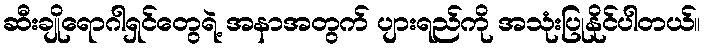
ဆီးချိုရောဂါရှင်တွေရဲ့ အနာအတွက် ပျားရည်ကို အသုံးပြုနိုင်ပါတယ်။